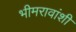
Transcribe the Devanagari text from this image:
भीमरावांशी